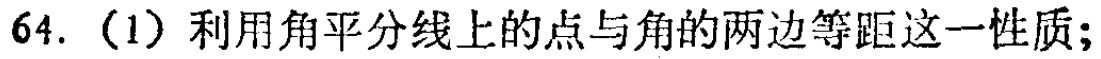
64.（1）利用角平分线上的点与角的两边等距这一性质;